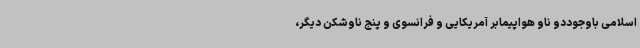
اسلامی باوجوددو ناو هواپیمابر آمریکایی و فرانسوی و پنج ناوشکن دیگر،